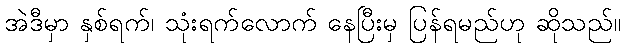
အဲဒီမှာ နှစ်ရက်၊ သုံးရက်လောက် နေပြီးမှ ပြန်ရမည်ဟု ဆိုသည်။